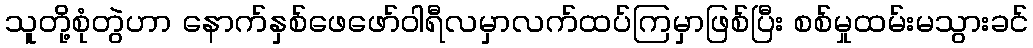
သူတို့စုံတွဲဟာ နောက်နှစ်ဖေဖော်ဝါရီလမှာလက်ထပ်ကြမှာဖြစ်ပြီး စစ်မှုထမ်းမသွားခင်